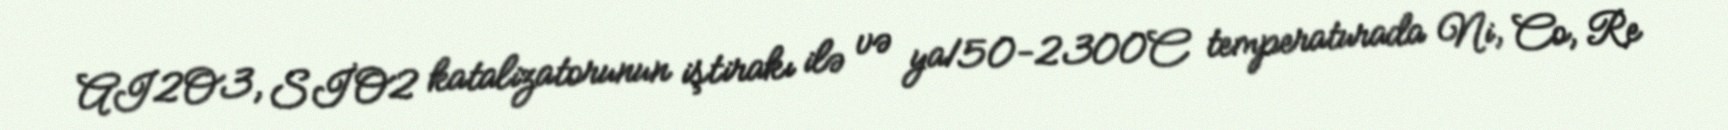
AI2O3, SİO2 katalizatorunun iştirakı ilə və ya150-2300C temperaturada Ni, Co, Re